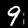
Digit: 9